Annual administration report of the Civil Veterinary Department, Sind - 1939-1940
Year: 1939
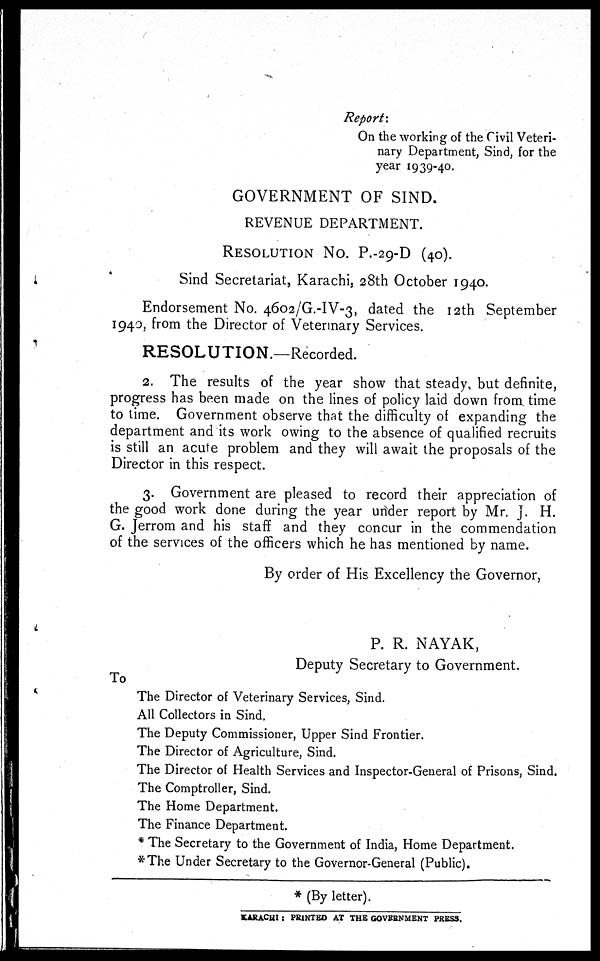
Report:
On the working of the Civil Veteri-
nary Department, Sind, for the
year 1939-40.
GOVERNMENT OF SIND.
REVENUE DEPARTMENT.
RESOLUTION
No. P.-29-D (40).
Sind Secretariat, Karachi, 28th October 1940.
Endorsement No. 4602/G.-IV-3, dated the 12th September
1940, from the Director of Veterinary Services.
RESOLUTION.—Recorded.
2. The results of the year show that steady, but definite,
progress has been made on the lines of policy laid down from time
to time. Government observe that the difficulty of expanding the
department and its work owing to the absence of qualified recruits
is still an acute problem and they will await the proposals of the
Director in this respect.
3. Government are pleased to record their appreciation of
the good work done during the year under report by Mr. J. H.
G. Jerrom and his staff and they concur in the commendation
of the services of the officers which he has mentioned by name.
By order of His Excellency the Governor,
P. R. NAYAK,
Deputy Secretary to Government.
To
The Director of Veterinary Services, Sind.
All Collectors in Sind.
The Deputy Commissioner, Upper Sind Frontier.
The Director of Agriculture, Sind.
The Director of Health Services and Inspector-General of Prisons, Sind.
The Comptroller, Sind.
The Home Department.
The Finance Department.
* The Secretary to the Government of India, Home Department.
*The Under Secretary to the Governor-General (Public).
* (By letter).
KARACHI : PRINTED AT THE GOVERNMENT PRESS.